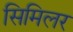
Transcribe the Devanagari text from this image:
सिमिलर